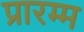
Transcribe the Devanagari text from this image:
प्रारम्म